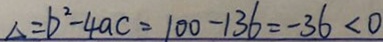
\Delta = b ^ { 2 } - 4 a c = 1 0 0 - 1 3 6 = - 3 6 < 0